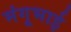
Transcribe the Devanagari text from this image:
मंगूभाई